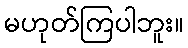
မဟုတ်ကြပါဘူး။